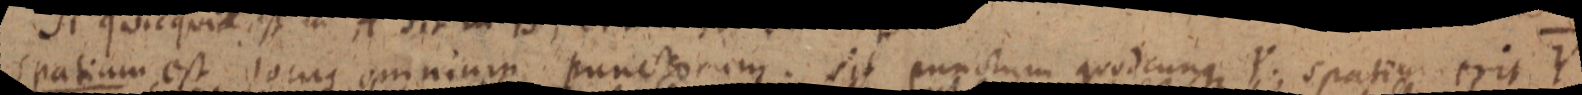
spatium est locus omnium punctorem. sit punctorum quodcunque Y. spatium erit Y